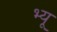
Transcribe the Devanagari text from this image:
भ्यू